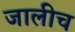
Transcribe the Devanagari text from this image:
जालीच